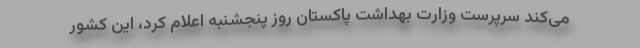
می‌کند سرپرست وزارت بهداشت پاکستان روز پنجشنبه اعلام کرد، این کشور